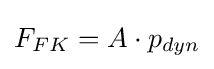
F_{FK}=A\cdot p_{dyn}